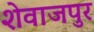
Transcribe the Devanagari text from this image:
शेवाजपुर